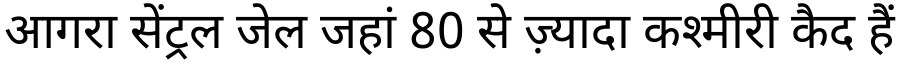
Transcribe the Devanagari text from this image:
आगरा सेंट्रल जेल जहां 80 से ज़्यादा कश्मीरी कैद हैं